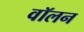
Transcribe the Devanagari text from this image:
वॉलन